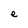
Character: e